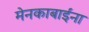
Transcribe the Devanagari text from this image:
मेनकाबाईंना